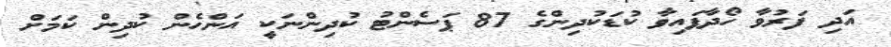
އަދި ފަރުވާ ހޯދާފައިވާ ކުޑަކުދިންގެ 87 ޕަސެންޓު ކުދިންނަކީ އަންހެން ކުދިން ކަމަށް